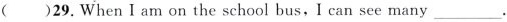
( )29. When I am on the school bus，I can see many___.